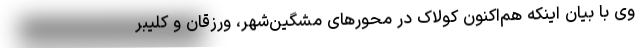
وی با بیان اینکه هم‌اکنون کولاک در محورهای مشگین‌شهر، ورزقان و کلیبر